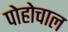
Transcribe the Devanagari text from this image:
पोहोचाल